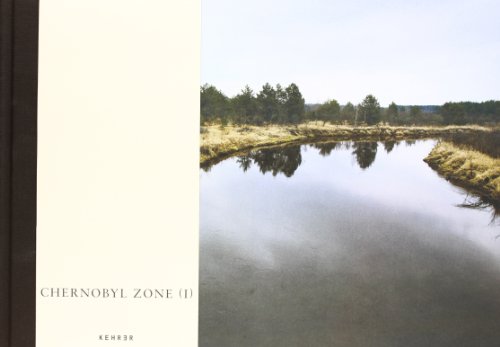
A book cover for Chernobyl Zone (I); Travel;